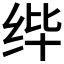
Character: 𰬎